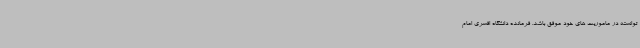
توانسته در ماموریت های خود موفق باشد. فرمانده دانشگاه افسری امام